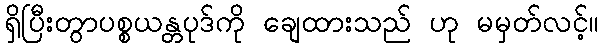
ရှိပြီးတွာပစ္စယန္တပုဒ်ကို ချေထားသည် ဟု မမှတ်လင့်။